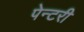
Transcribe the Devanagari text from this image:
पेन्टरी